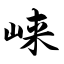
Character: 崃